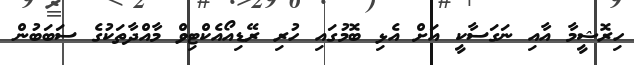
ހިރޮޝީމާ އާއި ނަގަސާކީ އަށް އެޅި ބޮމުގައި ހުރި ރޭޑިއޯއެކްޓިވް މާއްދާތަކުގެ ސަބަބުން